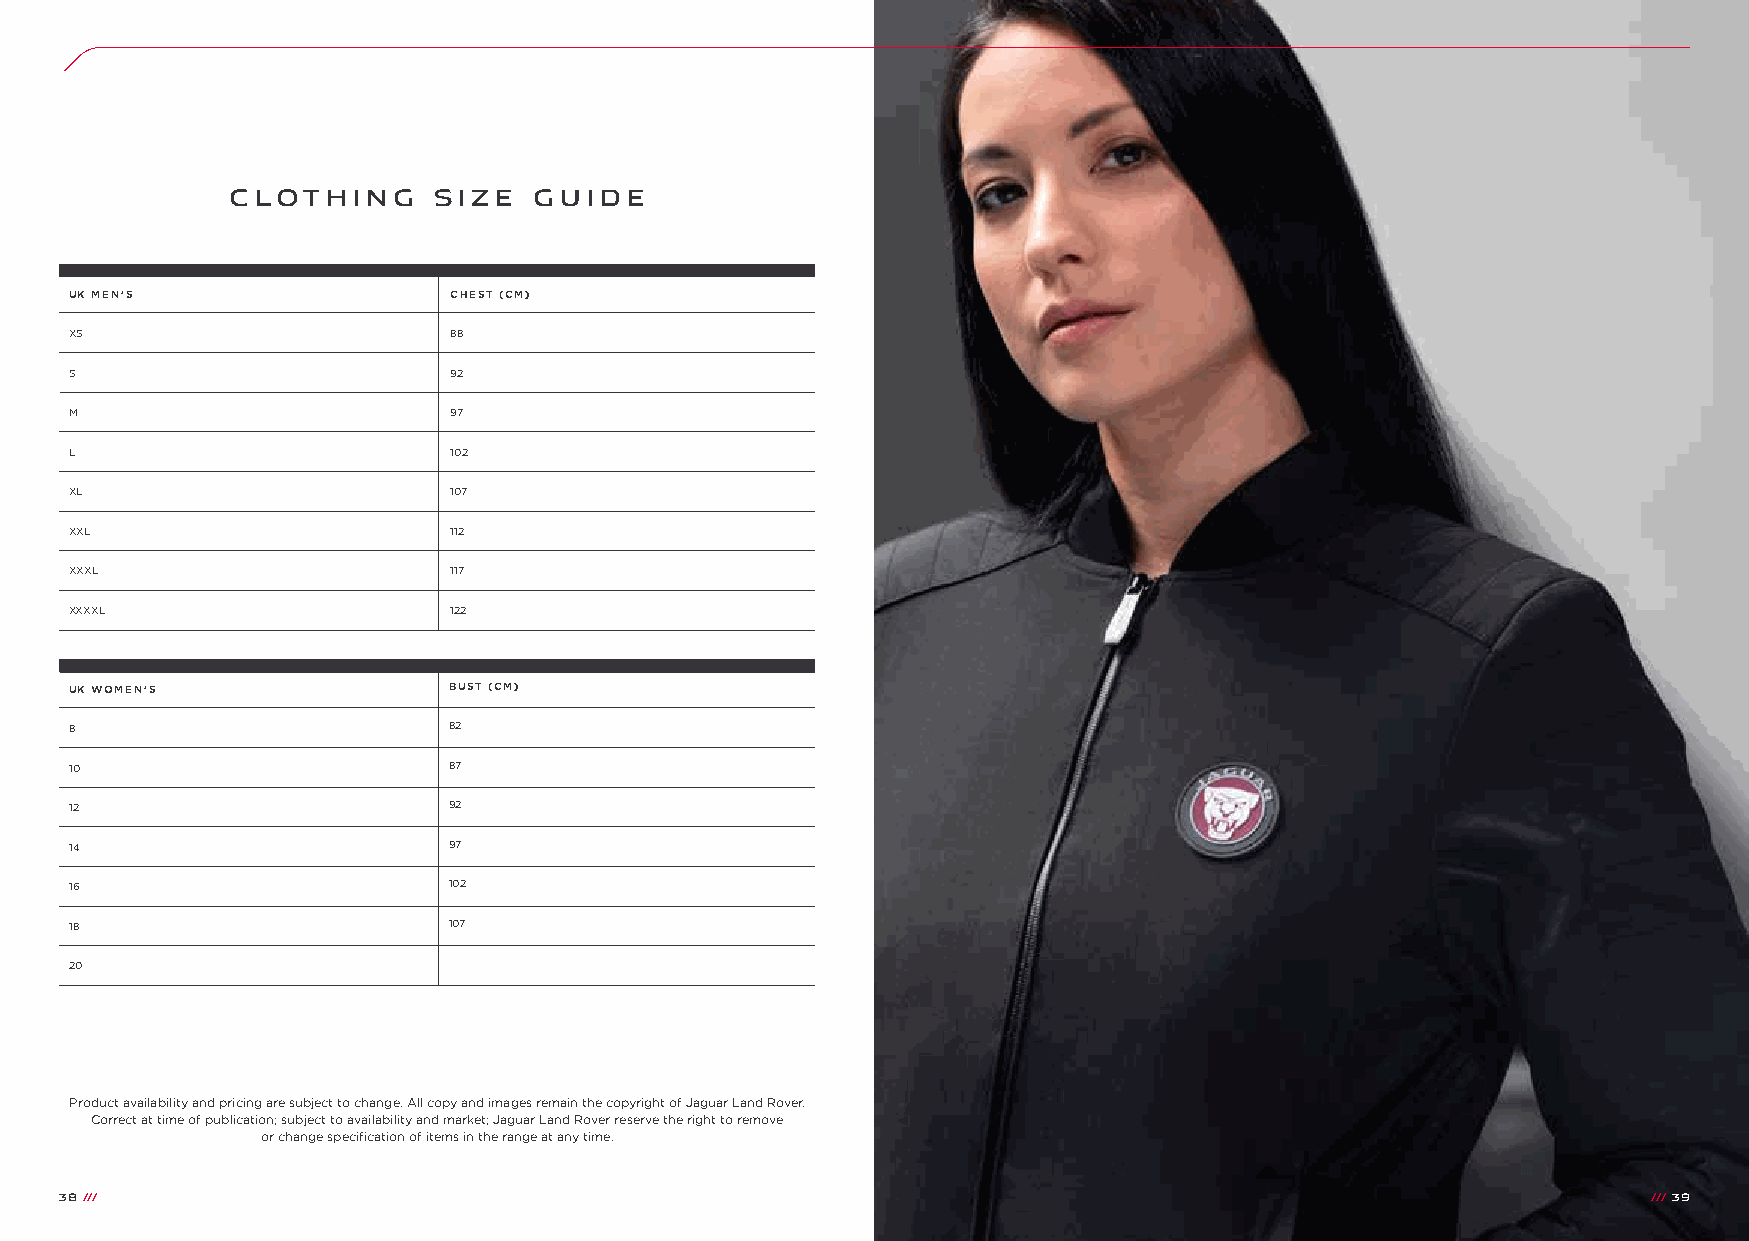
CLOTHING      SIZE  GUIDE
 UK MEN’S                 CHEST (CM)
 XS                       88
 S                        92
 M                        97
 L                        102
 XL                       107
 XXL                      112
 XXXL                     117
 XXXXL                    122
 UK WOMEN’S               BUST (CM)
 8                        82
 10                       87
 12                       92
 14                       97
 16                       102
 18                       107
 20
 Product availability and pricing are subject to change. All copy and images remain the copyright of Jaguar Land Rover.
 Correct at time of publication; subject to availability and market; Jaguar Land Rover reserve the right to remove
 or change specification of items in the range at any time.
 38 ///                                                                                                   ////// 3399